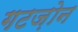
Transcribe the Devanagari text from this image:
गटज़ोन